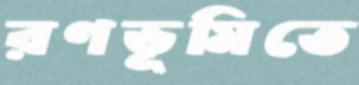
রণভূমিতে